Civil Veterinary Department. Central Provinces & Berar 1925-31 - 1925-1931
Year: 1925
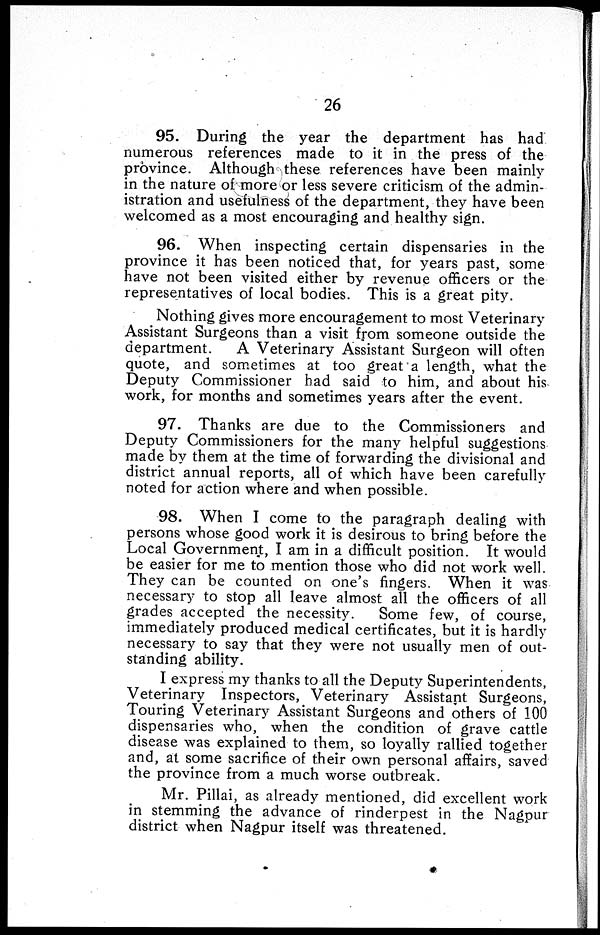
26
95. During the year the department has had
numerous references made to it in the press of the
province. Although these references have been mainly
in the nature of more or less severe criticism of the admin-
istration and usefulness of the department, they have been
welcomed as a most encouraging and healthy sign.
96. When inspecting certain dispensaries in the
province it has been noticed that, for years past, some
have not been visited either by revenue officers or the
representatives of local bodies. This is a great pity.
Nothing gives more encouragement to most Veterinary
Assistant Surgeons than a visit from someone outside the
department.
A Veterinary Assistant Surgeon will often
quote, and sometimes at too great a length, what the
Deputy Commissioner had said to him, and about his
work, for months and sometimes years after the event.
97. Thanks are due to the Commissioners and
Deputy Commissioners for the many helpful suggestions
made by them at the time of forwarding the divisional and
district annual reports, all of which have been carefully
noted for action where and when possible.
98. When I come to the paragraph dealing with
persons whose good work it is desirous to bring before the
Local Government, I am in a difficult position. It would
be easier for me to mention those who did not work well.
They can be counted on one's fingers. When it was
necessary to stop all leave almost all the officers of all
grades accepted the necessity.
Some few, of course,
immediately produced medical certificates, but it is hardly
necessary to say that they were not usually men of out-
standing ability.
I express my thanks to all the Deputy Superintendents,
Veterinary Inspectors, Veterinary Assistant Surgeons,
Touring Veterinary Assistant Surgeons and others of 100
dispensaries who, when the condition of grave cattle
disease was explained to them, so loyally rallied together
and, at some sacrifice of their own personal affairs, saved
the province from a much worse outbreak.
Mr. Pillai, as already mentioned, did excellent work
in stemming the advance of rinderpest in the Nagpur
district when Nagpur itself was threatened.